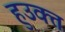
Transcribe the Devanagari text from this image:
हुउक्त